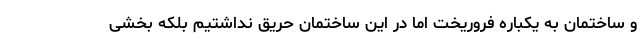
و ساختمان به یکباره فروریخت اما در این ساختمان حریق نداشتیم بلکه بخشی